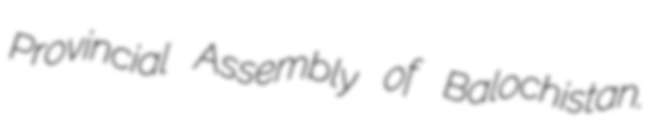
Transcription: Provincial Assembly of Balochistan.